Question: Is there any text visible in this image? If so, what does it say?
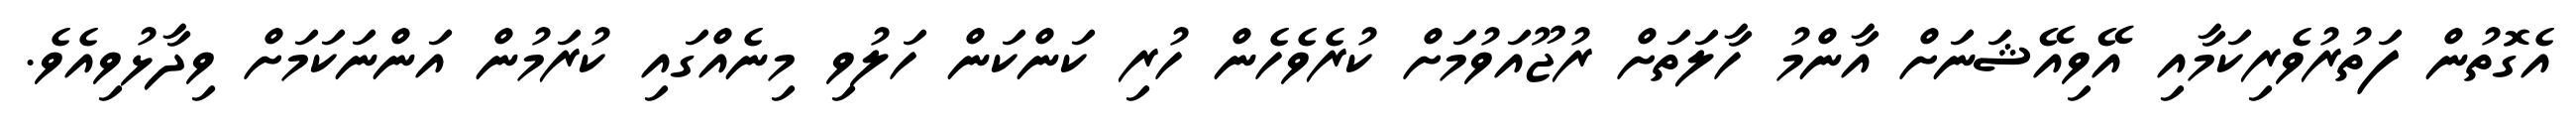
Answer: އެގޮތުން ފަތުރުވެރިކަމާއި އޭވިއޭޝަނަށް އާންމު ހާލަތަށް ރުޖޫއަވުމަށް ކުރެވެހެން ހުރި ކަންކަން ހަލުވި މިނެއްގައި ކުރަމުން އަންނަކަމަށް ވިދާޅުވިއެވެ.